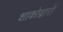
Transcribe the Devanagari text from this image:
शाकोद्गारों